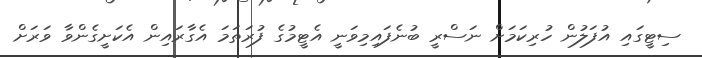
ސިޓީގައި އުފަލުން ހުރިކަމަށް ނަސްރީ ބުނެފައިމިވަނީ އެޓީމުގެ ފުރަތަމަ އެގާރައިން އެކަށީގެންވާ ވަރަށް